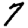
Digit: 7